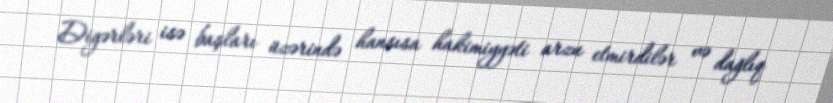
Digərləri isə başları üzərində hansısa hakimiyyəti arzu etmirdilər və dağlıq